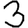
Digit: 3